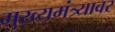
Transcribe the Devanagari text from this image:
मुख्यमंत्र्यावर